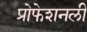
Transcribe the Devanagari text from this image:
प्रोफेशनली